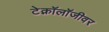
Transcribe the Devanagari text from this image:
टेक्नॉलॉजीवर